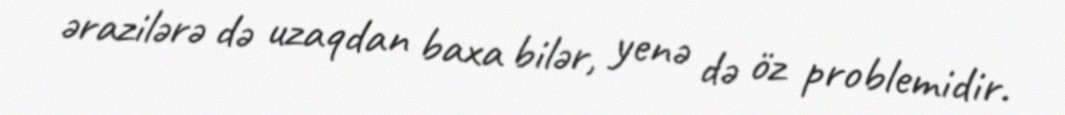
ərazilərə də uzaqdan baxa bilər, yenə də öz problemidir.